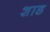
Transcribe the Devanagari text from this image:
शाड